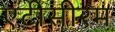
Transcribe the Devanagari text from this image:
एंटीसीरम